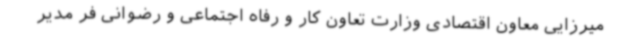
میرزایی معاون اقتصادی وزارت تعاون کار و رفاه اجتماعی و رضوانی فر مدیر